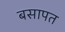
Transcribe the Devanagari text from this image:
बसापत